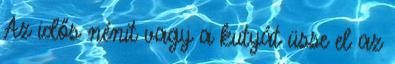
Az idős nénit vagy a kutyát üsse el az